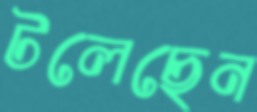
টলেছেন